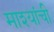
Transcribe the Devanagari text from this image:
माश्यांची